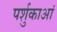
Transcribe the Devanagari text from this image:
पर्शुकाआं